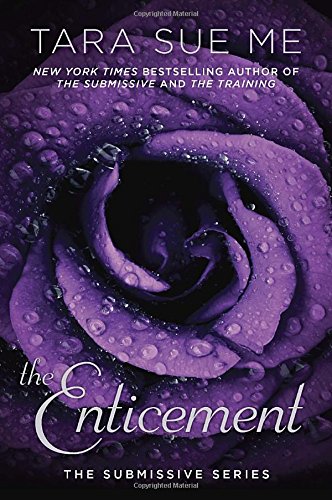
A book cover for The Enticement: The Submissive Series; Tara Sue Me; Romance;